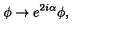
\phi \rightarrow e ^ { 2 i \alpha } \phi ,